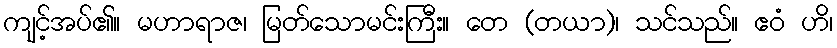
ကျင့်အပ်၏။ မဟာရာဇ၊ မြတ်သောမင်းကြီး။ တေ (တယာ)၊ သင်သည်။ ဧဝံ ဟိ၊